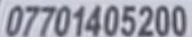
07701405200